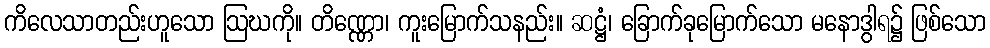
ကိလေသာတည်းဟူသော ဩဃကို။ တိဏ္ဏော၊ ကူးမြောက်သနည်း။ ဆဋ္ဌံ၊ ခြောက်ခုမြောက်သော မနောဒွါရ၌ ဖြစ်သော